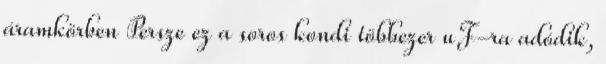
áramkörben Persze ez a soros kondi többezer uF-ra adódik,